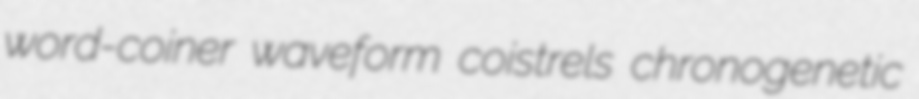
word-coiner waveform coistrels chronogenetic